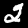
Digit: 2